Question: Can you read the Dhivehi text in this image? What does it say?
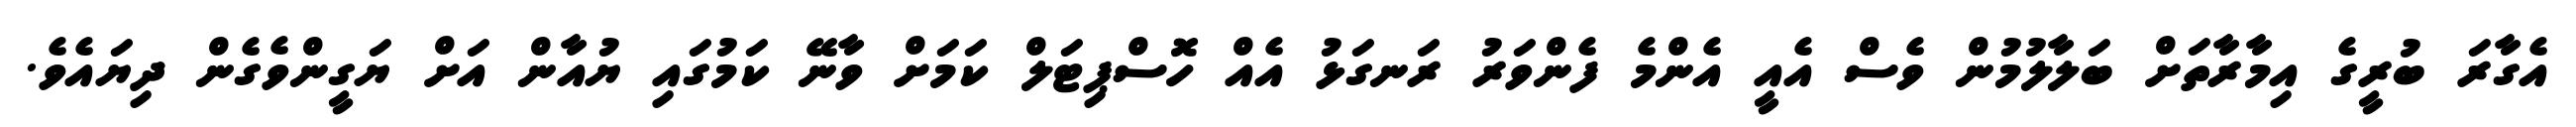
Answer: އެގާރަ ބުރީގެ އިމާރާތަށް ބަލާލުމުން ވެސް އެއީ އެންމެ ފެންވަރު ރަނގަޅު އެއް ހޮސްޕިޓަލް ކަމަށް ވާނޭ ކަމުގައި ޔުއާން އަށް ޔަގީންވެގެން ދިޔައެވެ.